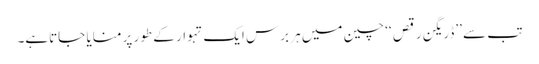
تب سے ’’ڈریگن رقص ‘‘ چین میں ہر برس ایک تہوار کے طور پر منایا جاتاہے۔